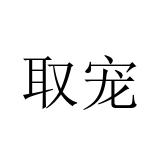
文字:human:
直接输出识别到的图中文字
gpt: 取宠